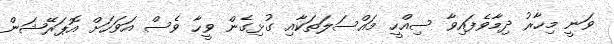
ވަނީ މިހާރު ދިމާވެފައިވާ ސިއްހީ މައްސަލަތަކާއި ގުޅިގެން ވީހާ ވެސް އަވަހަށް އޮޕަރޭޝަން